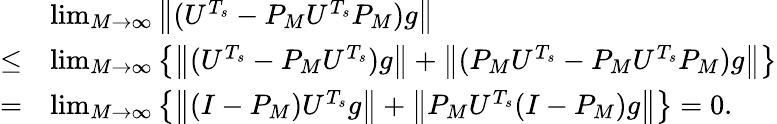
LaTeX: \begin{array}{rl}&{\operatorname*{lim}_{M\to\infty}\left\| (U^{T_{s}}-P_{M}U^{T_{s}}P_{M})g\right\| }\\ {\le}&{\operatorname*{lim}_{M\to\infty}\left\{ \left\| (U^{T_{s}}-P_{M}U^{T_{s}})g\right\| +\left\| (P_{M}U^{T_{s}}-P_{M}U^{T_{s}}P_{M})g\right\| \right\} }\\ {=}&{\operatorname*{lim}_{M\to\infty}\left\{ \left\| (I-P_{M})U^{T_{s}}g\right\| +\left\| P_{M}U^{T_{s}}(I-P_{M})g\right\| \right\} =0.}\end{array}